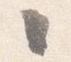
々